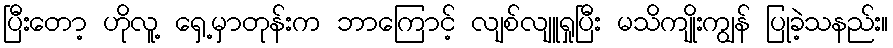
ပြီးတော့ ဟိုလူ့ ရှေ့မှာတုန်းက ဘာကြောင့် လျစ်လျူရှုပြီး မသိကျိုးကျွန် ပြုခဲ့သနည်း။